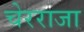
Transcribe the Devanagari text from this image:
चेरराजा